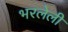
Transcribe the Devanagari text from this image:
भरलेलीं